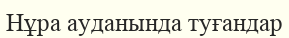
Нұра ауданында туғандар